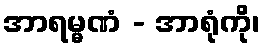
အာရမ္မဏံ - အာရုံကို၊